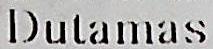
DUTAMAS